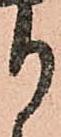
り